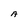
Character: A